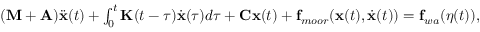
\begin{array} { r } { ( \mathbf { M } + \mathbf { A } ) \ddot { \mathbf { x } } ( t ) + \int _ { 0 } ^ { t } \mathbf { K } ( t - \tau ) \dot { \mathbf { x } } ( \tau ) d \tau + \mathbf { C } \mathbf { x } ( t ) + \mathbf { f } _ { m o o r } ( \mathbf { x } ( t ) , \dot { \mathbf { x } } ( t ) ) = \mathbf { f } _ { w a } ( \eta ( t ) ) , } \end{array}